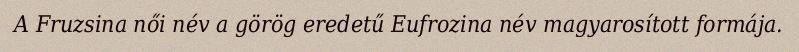
A Fruzsina női név a görög eredetű Eufrozina név magyarosított formája.